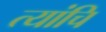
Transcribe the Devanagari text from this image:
त्यांचि